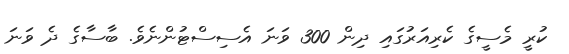
ކުރީ މެސީގެ ކެރިއަރުގައި ދިން 300 ވަނަ އެސިސްޓުންނެވެ. ބާސާގެ ދެ ވަނަ